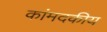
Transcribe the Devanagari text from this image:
कांमदकीय